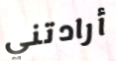
أرادتني